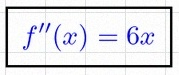
f''(x)=6x